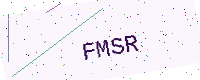
Text: FMSR